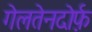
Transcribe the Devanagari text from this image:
गेलतेनदोर्फ़